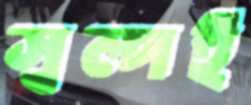
স্বল্পই